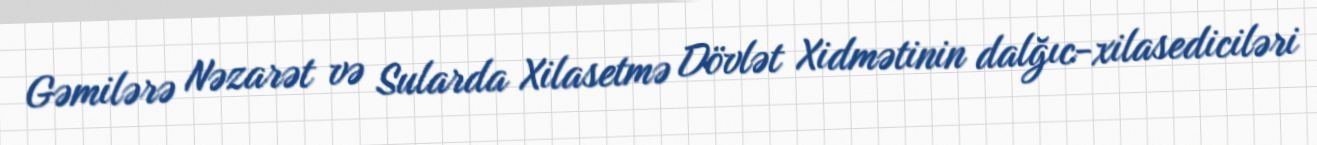
Gəmilərə Nəzarət və Sularda Xilasetmə Dövlət Xidmətinin dalğıc-xilasediciləri